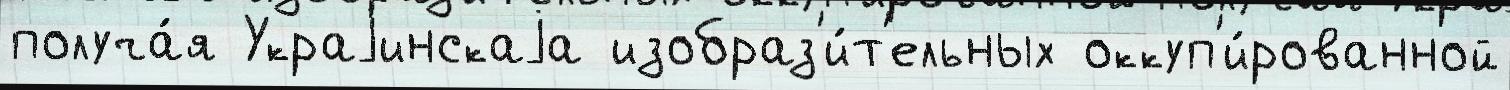
получа́я Украjинскаjа изобраз'и́т'ельных оккуп'и́рованной